Indian journal of veterinary science and animal husbandry - Volume 12,
Year: 1942
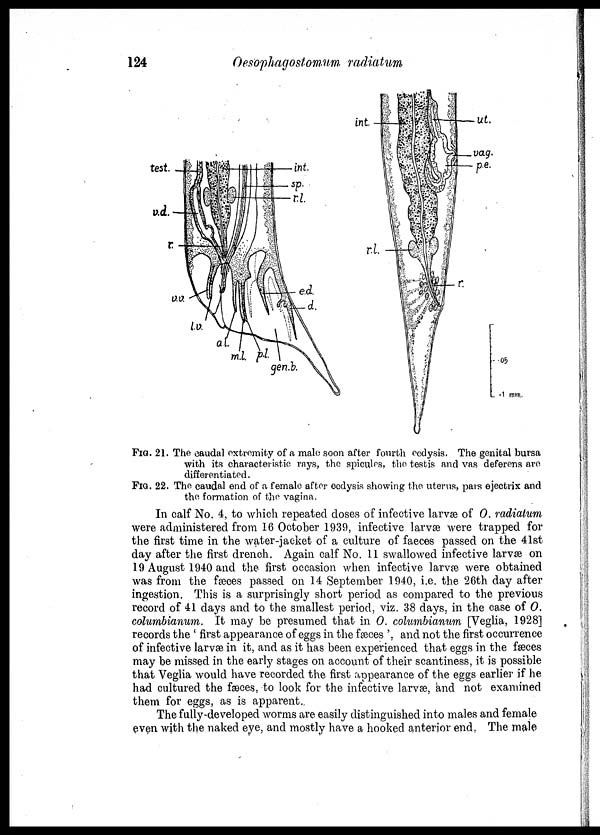
124
Oesophagostomum radiatum
FIG. 21. The caudal extremity of a male soon after fourth ecdysis. The genital bursa
with its characteristic rays, the spicules, the testis and vas deferens are
differentiated.
FIG. 22. The caudal end of a female after ecdysis showing the uterus, pars ejectrix and
the formation of the vagina.
In calf No. 4, to which repeated doses of infective larvæ of 0. radiatum
were administered from 16 October 1939, infective larvæ were trapped for
the first time in the water-jacket of a culture of faeces passed on the 41st
day after the first drench. Again calf No. 11 swallowed infective larvæ on
19 August 1940 and the first occasion when infective larvæ were obtained
was from the fæces passed on 14 September 1940, i.e. the 26th day after
ingestion. This is a surprisingly short period as compared to the previous
record of 41 days and to the smallest period, viz. 38 days, in the case of O.
columbianum. It may be presumed that in O. columbianum [Veglia, 1928]
records the ' first appearance of eggs in the faeces '. and not the first occurrence
of infective larvæ in it, and as it has been experienced that eggs in the fæces
may be missed in the early stages on account of their scantiness, it is possible
that Veglia would have recorded the first appearance of the eggs earlier if he
had cultured the faeces, to look for the infective larvæ, and not examined
them for eggs, as is apparent.
The fully-developed worms are easily distinguished into males and female
even with the naked eye, and mostly have a hooked anterior end. The male